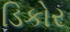
ડિકોર